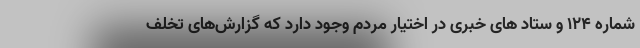
شماره ۱۲۴ و ستاد های خبری در اختیار مردم وجود دارد که گزارش‌های تخلف